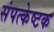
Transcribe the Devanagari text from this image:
संपत्केष्टक